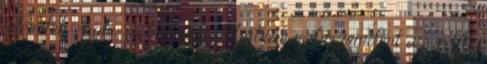
jelenetek épülé- si hatásokat, bátran rábíz mindent a szédítő